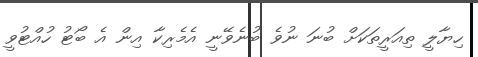
ހިޔާލީ ތިއަރީތަކަށް ބުނަ ނުވެ ބުނެވޭނީ އެމެރިކާ އިން އެ ބޯޓު ހުއްޓުވީ